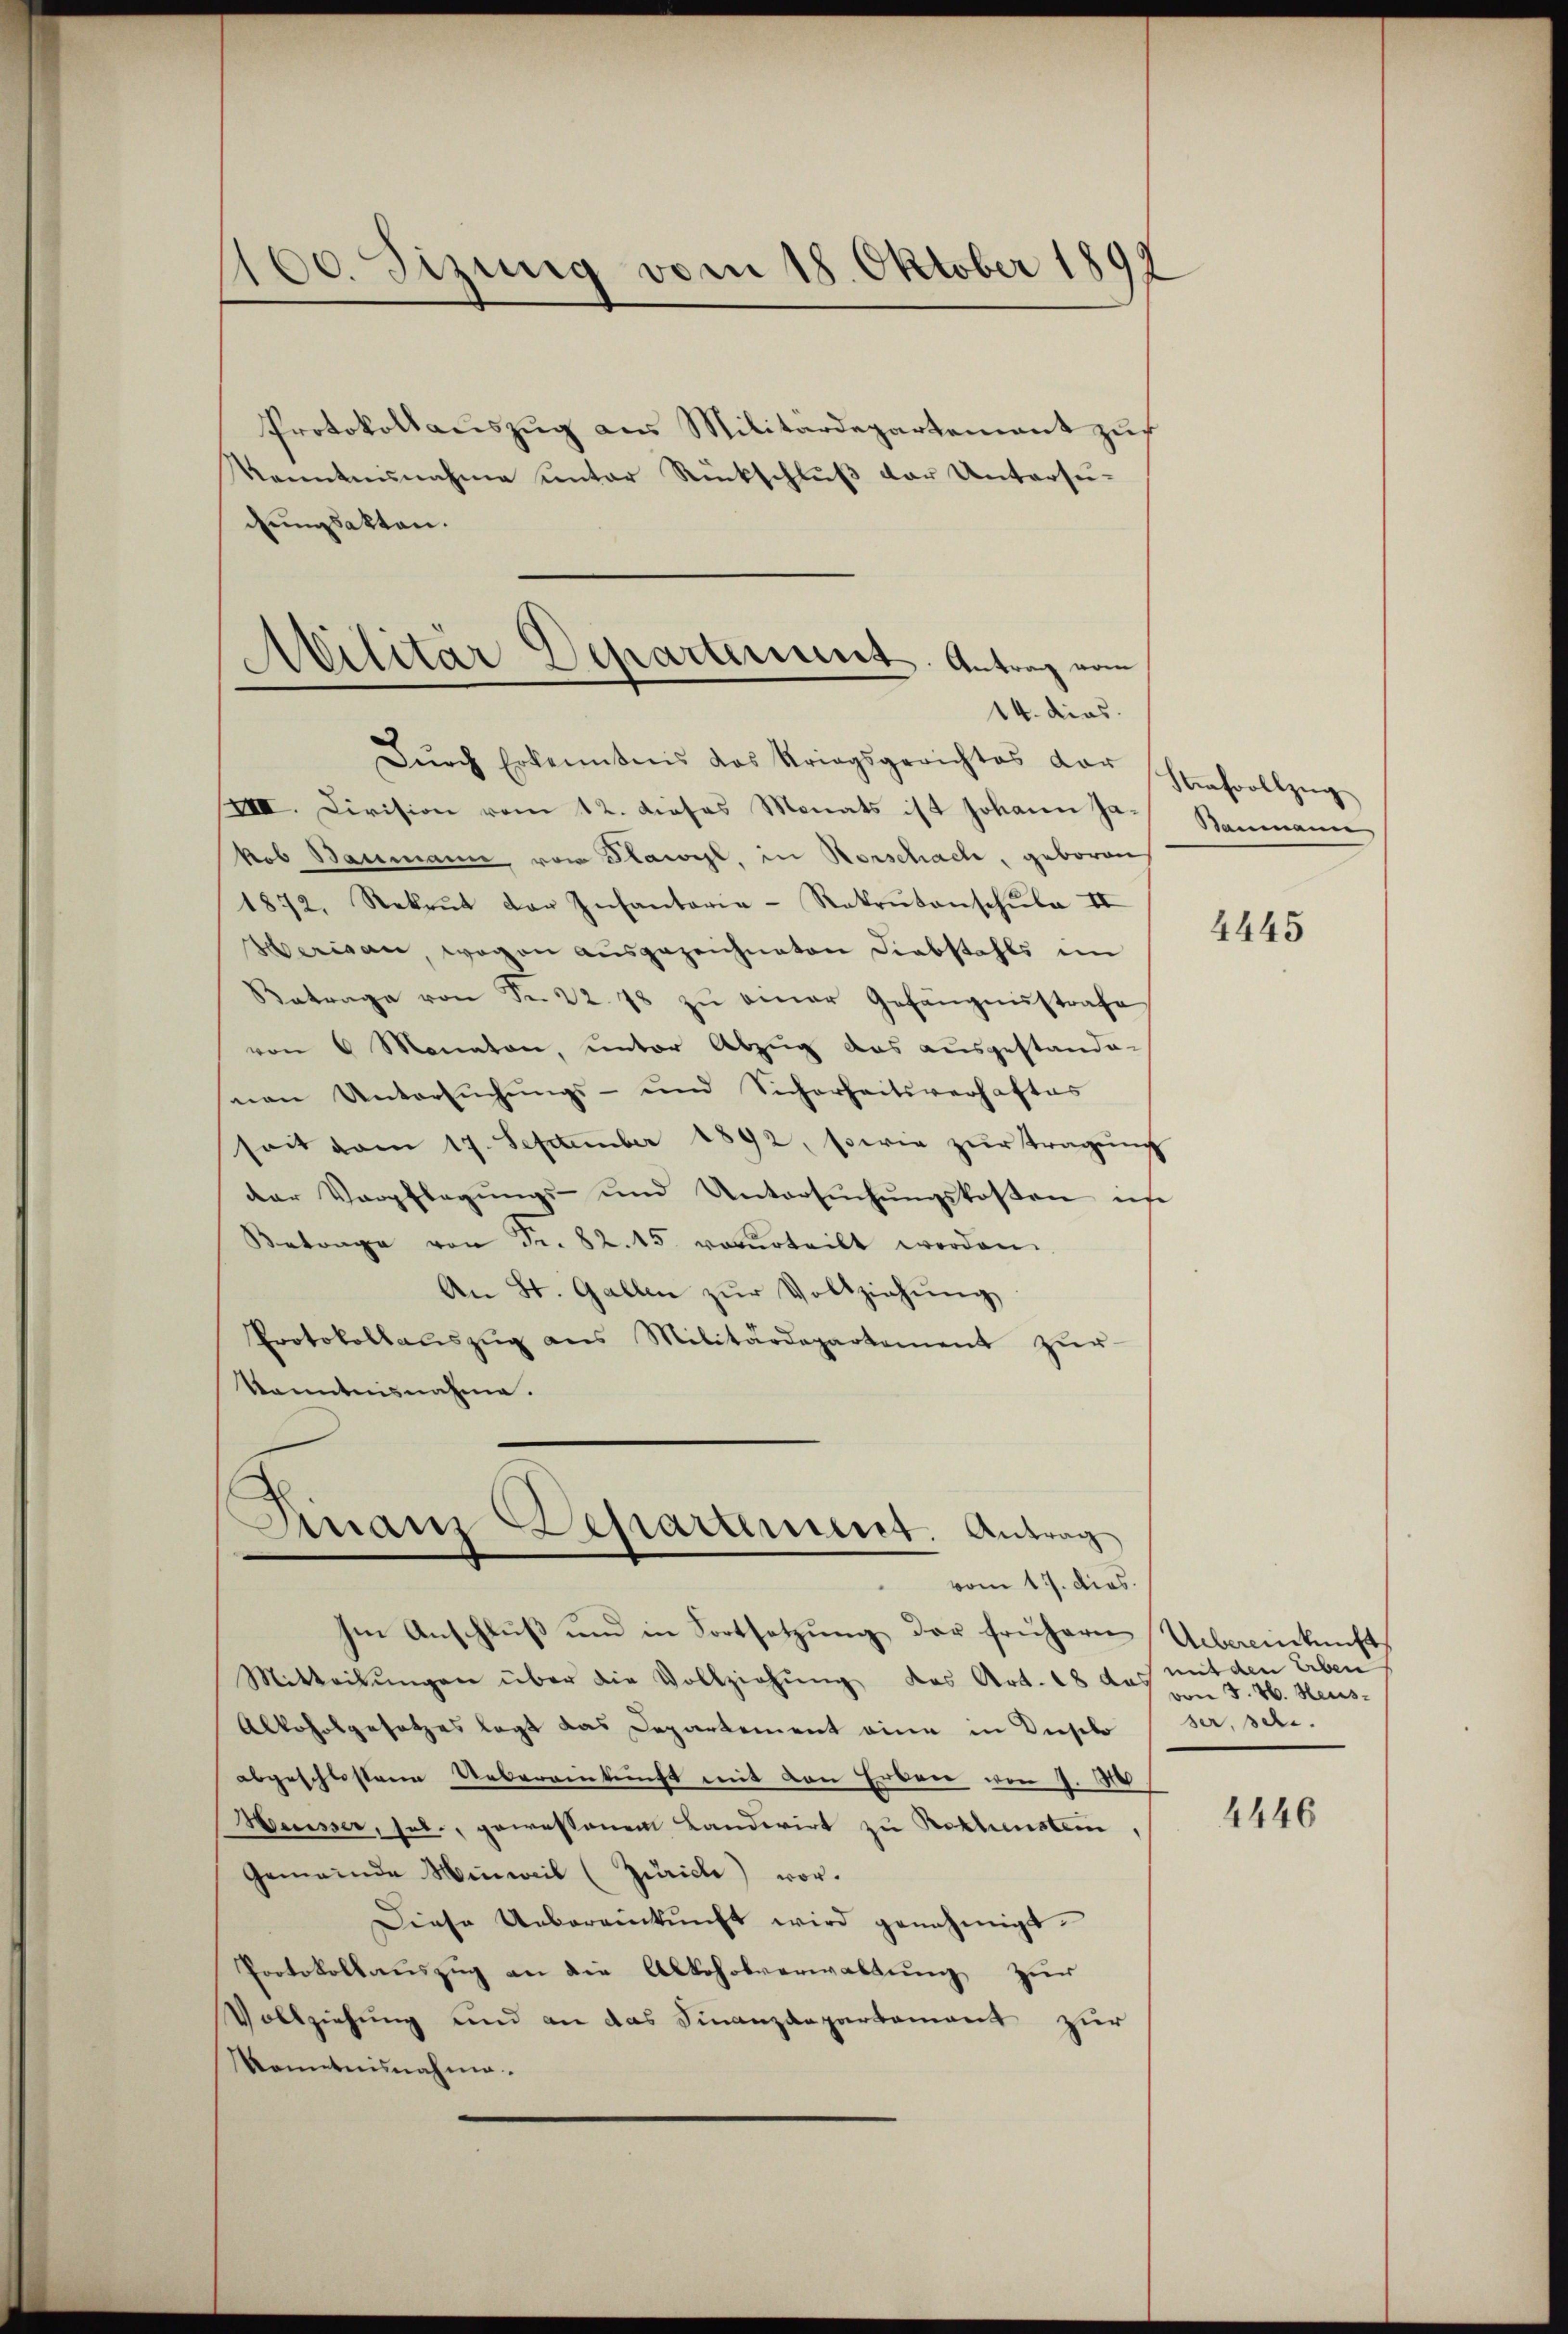
160. Sizung vom 18. Oktober 1892

Protokollauszug aus Militärdepartement zur
Kenntnisnahme unter Rückschluß der Untersuchungsakten.
Dŭrch Erkenntnis das Kriegsgerichtes dar
IIII. Division vom 12. dieses Monats ist Johann Ja-
kob Baumann, von Flawyl, in Vorschach, geboren
1872, Rekrut der Infantaria-Rakrŭtanschŭle II
Werian, wegen ausgezeichneten Diebstahls im
Betrage von Fr. 22. 78 zŭ einer Gefängnisstrafe
von 6 Monaten, unter Abzug das ausgestande-
nan Untersŭchŭngs- und Sicherheitsverhaftes
seit vom 17. September 1892, sowie zŭr Tragŭng
der Verpflegŭngs- und Untersŭchŭngskosten in
Betrage von Fr. 82. 15. verurteilt worden.
An St. Gallen zŭr Vollziehŭng
Protokollaŭszŭg ans Militärdepartement zŭr
Kenntnisnahme.

Cilitär Departement. Antrag vom
14. dies

Finanz-Departement. Antrag
vom 17. dies

hm Anschluß und in Fortsetzung der frühern Uebereinkunft
Mitteilungen über die Vollziehung des Art. 18 das mit den Erben
Alkoholgesetzes legt das Departement eine in Duselo
abgeschlossene Uebereinkunft mit den Erben von J. M
Hesser, sel., gewessenem Landwirt zu Rothenstein,
Gemeinde Hinweil (Zürich) vor.
Diese Uebereinkunft wird genehmigt.
Protokollauszug an die Alkoholverwaltung zur
Vollziehung und an das Finanzdepartement zur
Kenntnisnahme

Strafvollzug
Baumann

4445

von 3. 46. Heus
ser, sei.

4446